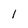
Character: 1